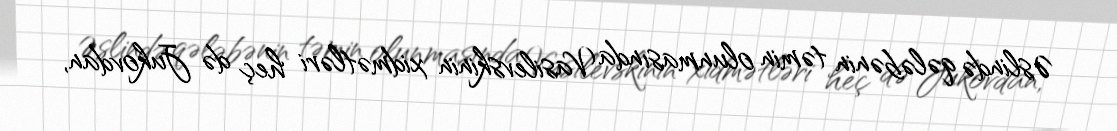
Əslində qələbənin təmin olunmasında Vasilevskinin xidmətləri heç də Jukovdan,